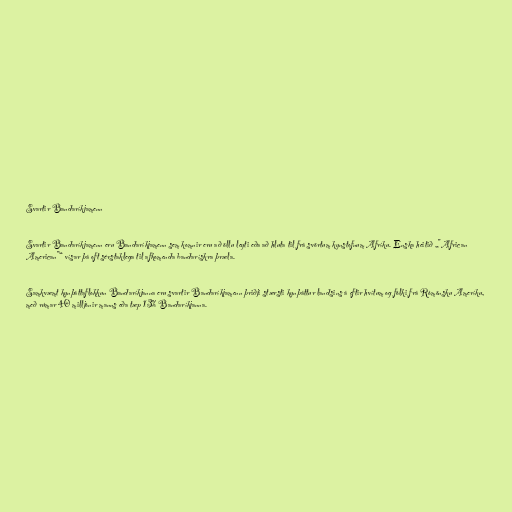
Svartir Bandaríkjamenn

Svartir Bandaríkjamenn eru Bandaríkjamenn sem komnir eru að öllu leyti eða að hluta til frá svörtum kynstofnum Afríku. Enska heitið „"African
American"“ vísar þá oft sérstaklega til afkomenda bandarískra þræla.

Samkvæmt kynþáttaflokkun Bandaríkjanna eru svartir Bandaríkjamenn þriðji stærsti kynþáttur landsins á eftir hvítum og fólki frá Rómönsku Ameríku,
með rúmar 40 milljónir manns eða tæp 13% Bandaríkjanna.